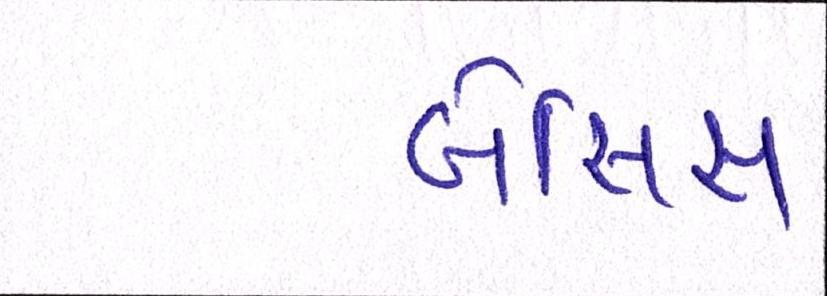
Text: બેસિસ